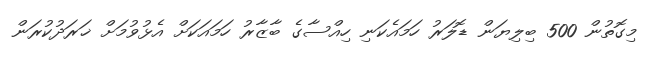
މިގޮތުން 500 ބިލިޔަން ޑޮލަރު ހަމައެކަނި ހިއްސާގެ ބާޒާރު ހަމައަކަށް އެޅުވުމަށް ޚަރަދުކުރަން